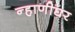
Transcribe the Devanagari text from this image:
न्हाणीघर